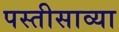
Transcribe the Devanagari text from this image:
पस्तीसाव्या